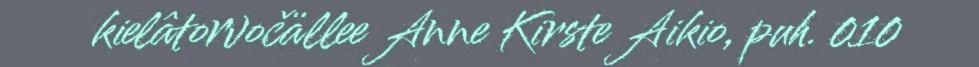
kielâtorvočällee Anne Kirste Aikio, puh. 010